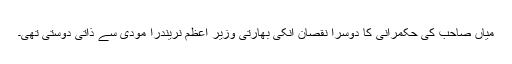
میاں صاحب کی حکمرانی کا دوسرا نقصان انکی بھارتی وزیر اعظم نریندرا مودی سے ذاتی دوستی تھی۔